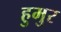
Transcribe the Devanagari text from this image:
हुमुर